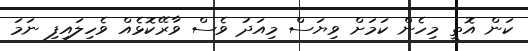
ކަން އޮތީ މިހެން ކަމަށް ވިޔަސް މިއަދު ވެސް ވާރޭކޮޅެއް ވެހިލައިފި ނަމަ